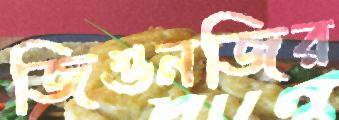
জিওনজির